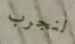
لنجرب